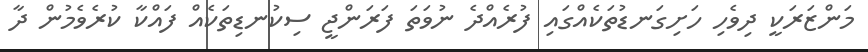
މަންޒަރަކީ ދިވެހި ހަށިގަނޑުތަކެއްގައި ފުރެއްދެ ނުވަތަ ފަރަންޖީ ސިކުނޑިތަކެއް ފައްކާ ކުރެވެމުން ދާ